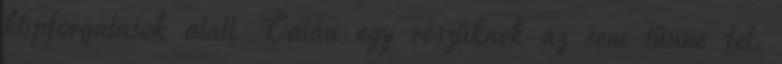
klipforgatások alatt. Talán egy részüknek az sem tűnne fel,